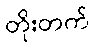
တိုးတက်